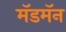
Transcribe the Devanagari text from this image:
मॅडमॅन